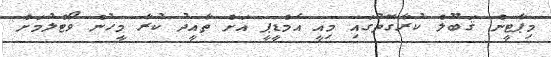
މިޕާޓީން ޤަބޫލް ކުރާގޮތުގައި މިއީ އެމްޑީޕީ އަށް ތާއީދު ކުރާ މީހުން ވޯޓްލުމަށް